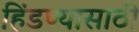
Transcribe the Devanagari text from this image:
हिंडण्यासाठी